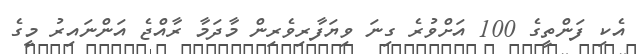
އެކި ފަންތީގެ 100 އަށްވުރެ ގިނަ ވިޔަފާރިވެރިން މާދަމާ ރާއްޖެ އަންނައިރު މީގެ